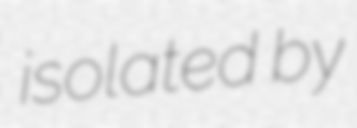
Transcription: isolated by